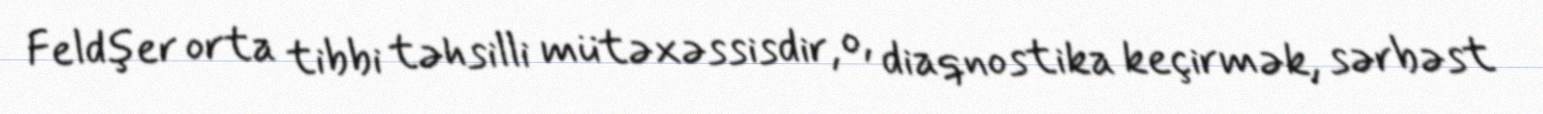
Feldşer orta tibbi təhsilli mütəxəssisdir, o, diaqnostika keçirmək, sərbəst